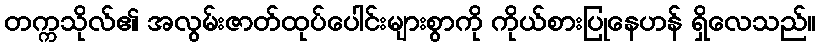
တက္ကသိုလ်၏ အလွမ်းဇာတ်ထုပ်ပေါင်းများစွာကို ကိုယ်စားပြုနေဟန် ရှိလေသည်။